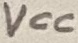
Text: VCC